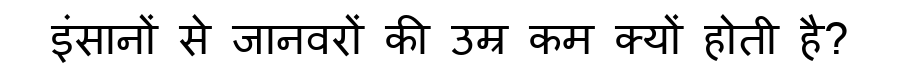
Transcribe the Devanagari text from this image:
इंसानों से जानवरों की उम्र कम क्यों होती है?